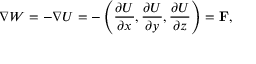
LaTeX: \nabla W = - \nabla U = - \left( { \frac { \partial U } { \partial x } } , { \frac { \partial U } { \partial y } } , { \frac { \partial U } { \partial z } } \right) = \mathbf { F } ,